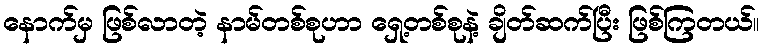
နောက်မှ ဖြစ်လာတဲ့ နာမ်တစ်စုဟာ ရှေ့တစ်စုနဲ့ ချိတ်ဆက်ပြီး ဖြစ်ကြတယ်။